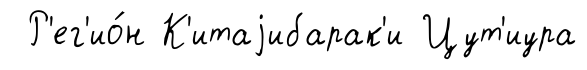
Р'ег'ио́н К'итаjибарак'и Цут'иура